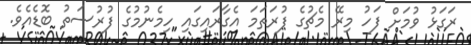
ރަގަޅު ވުމަށް ފަހު މިރޭ މެޗުގެ ފުރަތަމަ އެގާރައިގައި ހިމެނުމުގެ ފުރުސަތު ބޮޑެއެވެ.